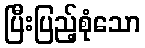
ပြီးပြည့်စုံသော